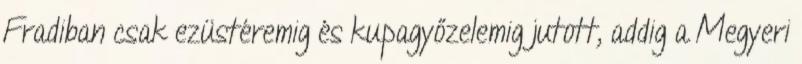
Fradiban csak ezüstéremig és kupagyőzelemig jutott, addig a Megyeri